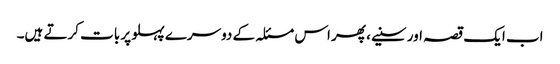
اب ایک قصہ اور سنیے، پھر اس مسئلہ کے دوسرے پہلو پر بات کرتے ہیں۔